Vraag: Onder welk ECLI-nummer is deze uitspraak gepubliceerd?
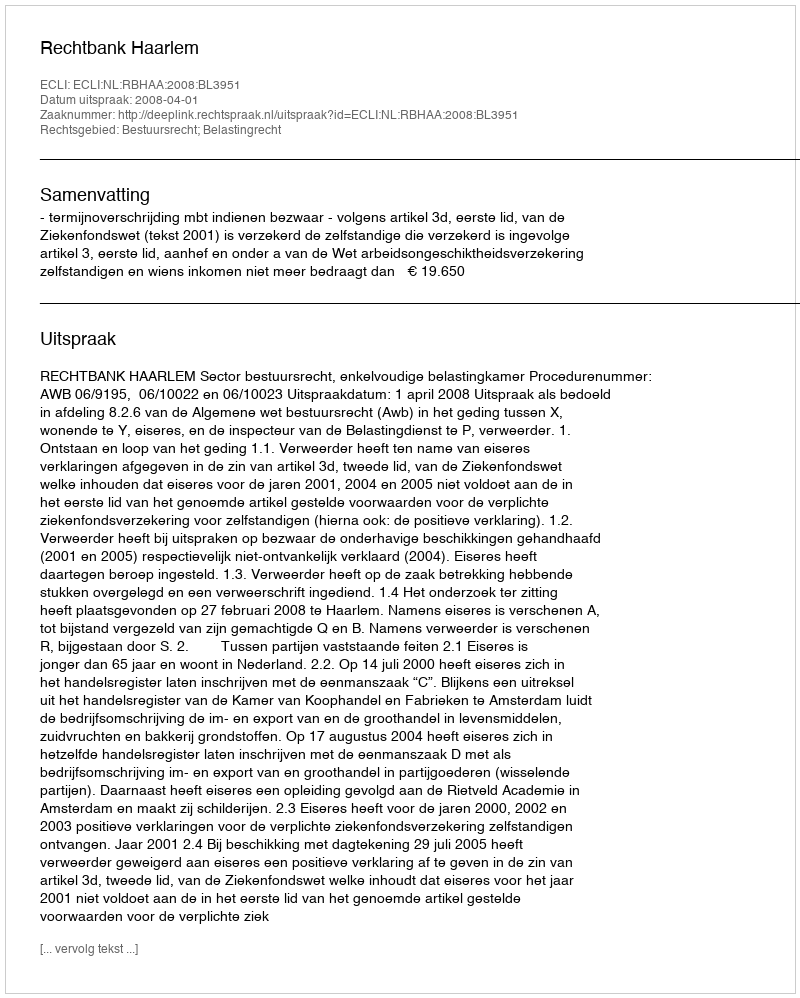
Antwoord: ECLI:NL:RBHAA:2008:BL3951